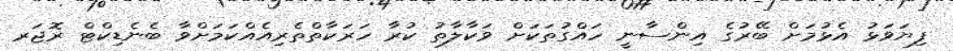
ފިޔަވަޅު އެޅުމަށް ބޭރުގެ އިންސާނީ ހައްގުތަކަށް ވަކާލާތު ކުރާ ހަރަކާތްތެރިއެއްކަމަށްވާ ބެނެޑިކްޓް ރޮޖަރ